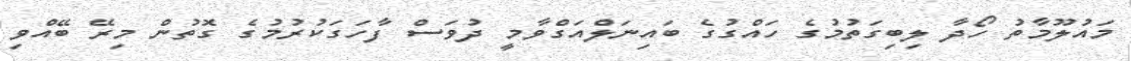
މައުލޫމާތު ހޯދާ ލިބިގަތުމުގެ ހައްގުގެ ބައިނަލްއަގްވާމީ ދުވަސް ފާހަގަކުރުމުގެ ގޮތުން މިރޭ ބޭއްވި